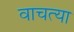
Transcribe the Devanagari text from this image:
वाचत्या